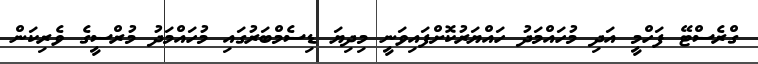
ގްރެސްޓޭ ފަހްމީ އަދި މުހައްމަދު ހައްޔަރުކޮށްފައިވަނީ މިދިޔަ ޑިސެމްބަރުގައި މުހައްމަދު މުރްސީގެ ވެރިކަން